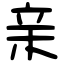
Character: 亲